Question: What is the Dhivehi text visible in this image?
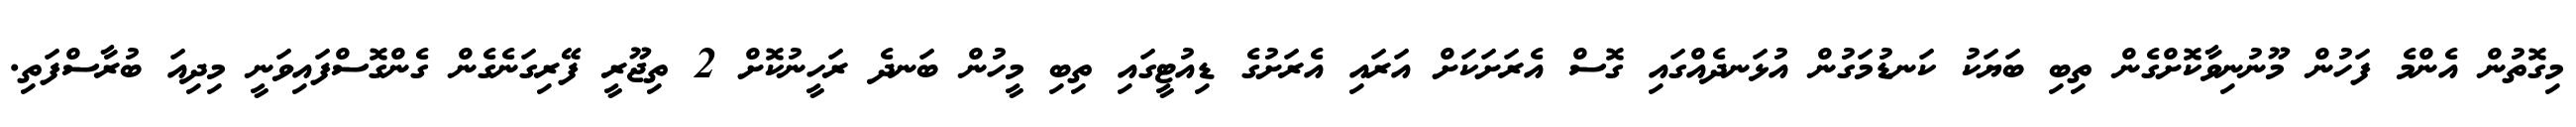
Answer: މިގޮތުން އެންމެ ފަހުން މޫނުނިވާކޮށްގެން ތިބި ބަޔަކު ކަނޑުމަގުން އުޅަނދެއްގައި ގޮސް އެރަށަކަށް އަރައި އެރަށުގެ ޑިއުޓީގައި ތިބި މީހުން ބަނދެ ރަހީނުކޮށް 2 ތިޖޫރީ ފޭރިގަނެގެން ގެންގޮސްފައިވަނީ މިދިއަ ބުރާސްފަތި.